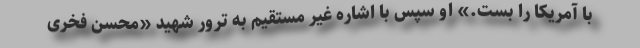
با آمریکا را بست.» او سپس با اشاره غیر مستقیم به ترور شهید «محسن فخری